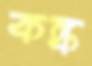
কঙ্ক